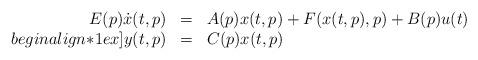
LaTeX: \begin{align*} \begin{array}{rcl} E(p) \dot{x}(t,p) & = & A(p) x(t,p) + F(x(t,p),p) + B(p) u(t) \\begin{align*}1ex] y(t,p) & = & C(p) x(t,p) \\\end{array} \end{align*}